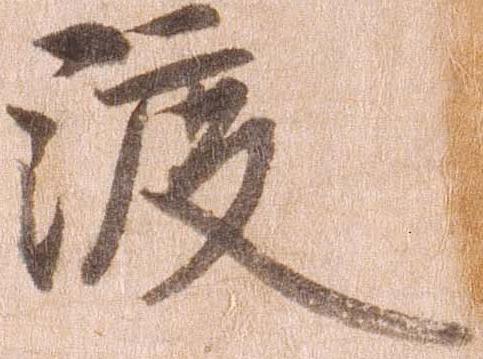
渡